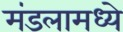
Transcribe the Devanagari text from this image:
मंडलामध्ये